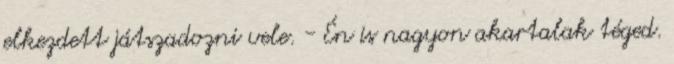
elkezdett játszadozni vele. - Én is nagyon akartalak téged.